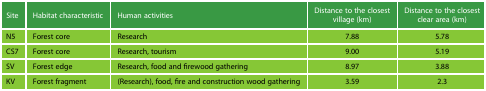
| Site | Habitat characteristic | Human activities | Distance to the closest village (km) | Distance to the closest clear area (km) |
 | --- | --- | --- | --- | --- |
 | N5 | Forest core | Research | 7.88 | 5.78 |
 | CS7 | Forest core | Research, tourism | 9.00 | 5.19 |
 | SV | Forest edge | Research, food and firewood gathering | 8.97 | 3.88 |
 | KV | Forest fragment | (Research), food, fire and construction wood gathering | 3.59 | 2.3 |